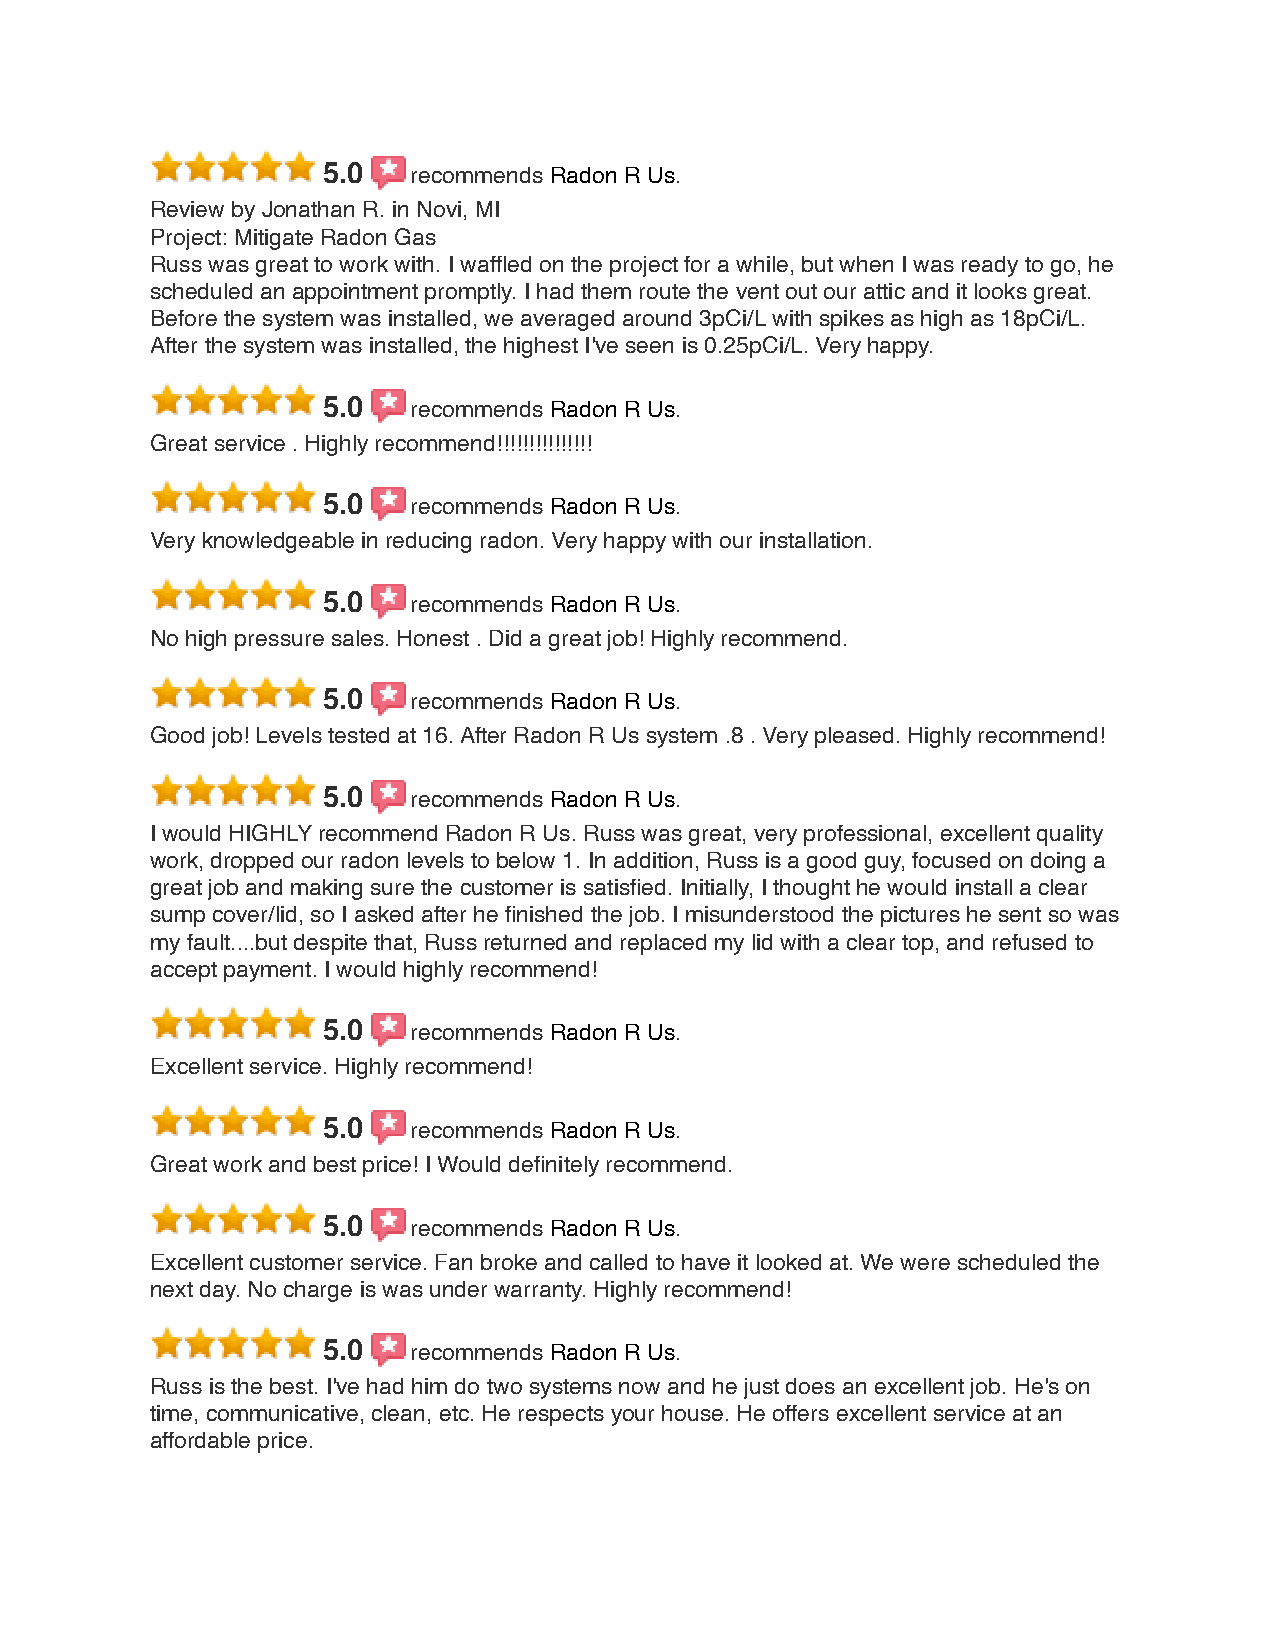
5.0   recommends Radon R Us.
 Review by Jonathan R. in Novi, MI
 Project: Mitigate Radon Gas
 Russ was great to work with. I waffled on the project for a while, but when I was ready to go, he
 scheduled an appointment promptly. I had them route the vent out our attic and it looks great.
 Before the system was installed, we averaged around 3pCi/L with spikes as high as 18pCi/L.
 After the system was installed, the highest I've seen is 0.25pCi/L. Very happy.
 5.0   recommends Radon R Us.
 Great service . Highly recommend!!!!!!!!!!!!!!!
 5.0   recommends Radon R Us.
 Very knowledgeable in reducing radon. Very happy with our installation.
 5.0   recommends Radon R Us.
 No high pressure sales. Honest . Did a great job! Highly recommend.
 5.0   recommends Radon R Us.
 Good job! Levels tested at 16. After Radon R Us system .8 . Very pleased. Highly recommend!
 5.0   recommends Radon R Us.
 I would HIGHLY recommend Radon R Us. Russ was great, very professional, excellent quality
 work, dropped our radon levels to below 1. In addition, Russ is a good guy, focused on doing a
 great job and making sure the customer is satisfied. Initially, I thought he would install a clear
 sump cover/lid, so I asked after he finished the job. I misunderstood the pictures he sent so was
 my fault....but despite that, Russ returned and replaced my lid with a clear top, and refused to
 accept payment. I would highly recommend!
 5.0   recommends Radon R Us.
 Excellent service. Highly recommend!
 5.0   recommends Radon R Us.
 Great work and best price! I Would definitely recommend.
 5.0   recommends Radon R Us.
 Excellent customer service. Fan broke and called to have it looked at. We were scheduled the
 next day. No charge is was under warranty. Highly recommend!
 5.0   recommends Radon R Us.
 Russ is the best. I've had him do two systems now and he just does an excellent job. He's on
 time, communicative, clean, etc. He respects your house. He offers excellent service at an
 affordable price.